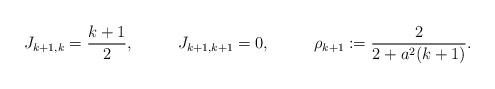
LaTeX: \begin{align*}J_{k+1,k}&=\frac{k+1}{2}, & J_{k+1,k+1}&=0, & \rho_{k+1}:=\frac{2}{2+a^2(k+1)}.\end{align*}